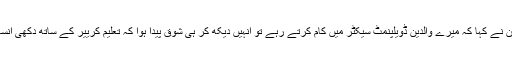
ٹی آر ٹی سے بات کرتےہوئے افشین ذیشان نے کہا کہ میرے والدین ڈویلپنمٹ سیکٹر میں کام کرتے رہے تو انہیں دیکھ کر ہی شوق پیدا ہوا کہ تعلیم کرییر کے ساتھ دکھی انسانیت کے لیے کام کرنا بہت ضروری ہے۔